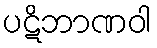
ပဋိဘာဏဝါ